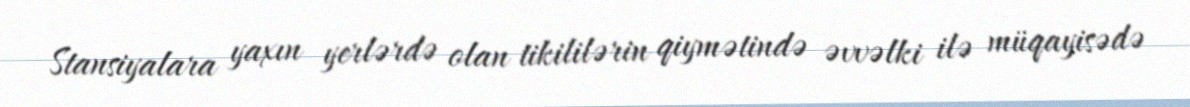
Stansiyalara yaxın yerlərdə olan tikililərin qiymətində əvvəlki ilə müqayisədə